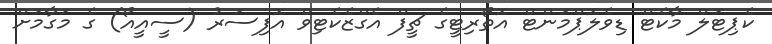
ކެޕިޓަލް މާކެޓް ޑިވެލޮޕްމަންޓް އޮތޯރިޓީގެ ޗީފް އެގްޒެކެޓިވް އޮފިސަރު (ސީއީއޯ) ގެ މަގާމަށް